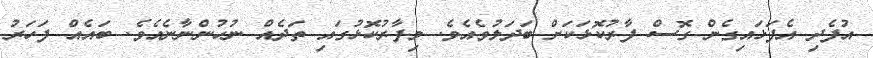
އުފެދި އެފަޅައިގެން ގޮސް ފާރުކޮޅަކަށް ބަދަލުވެއެވެ. މިފާރުކޮޅުގައި ތަދެއް ނުހުންނާނެއެވެ. ބައެއް ފަހަރު